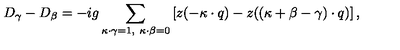
D _ { \gamma } - D _ { \beta } = - i g \sum _ { \kappa \cdot \gamma = 1 , \ \kappa \cdot \beta = 0 } \left[ z ( - \kappa \cdot q ) - z ( ( \kappa + \beta - \gamma ) \cdot q ) \right] ,